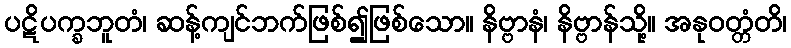
ပဋိပက္ခဘူတံ၊ ဆန့်ကျင်ဘက်ဖြစ်၍ဖြစ်သော။ နိဗ္ဗာနံ၊ နိဗ္ဗာန်သို့။ အနုဝတ္တံတိ၊